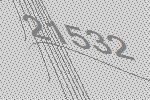
21532